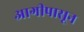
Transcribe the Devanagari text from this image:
आगीपासून